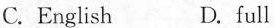
C.English D. full